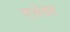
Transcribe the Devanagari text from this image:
एवंडर